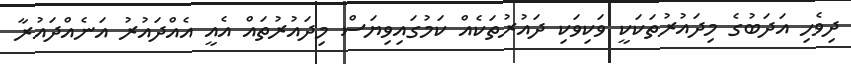
ދިވެހި އަދަބުގެ މިދައުރުތަކަކީ ވަކިވަކި ދައުރުތަކެއް ކަމުގައިވިޔަސް މިދައުރުތައް އެއީ އެއްދައުރު އަނެއްދައުރާ